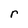
Character: r